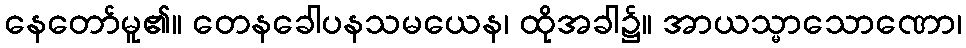
နေတော်မူ၏။ တေနခေါပနသမယေန၊ ထိုအခါ၌။ အာယသ္မာသောဏော၊